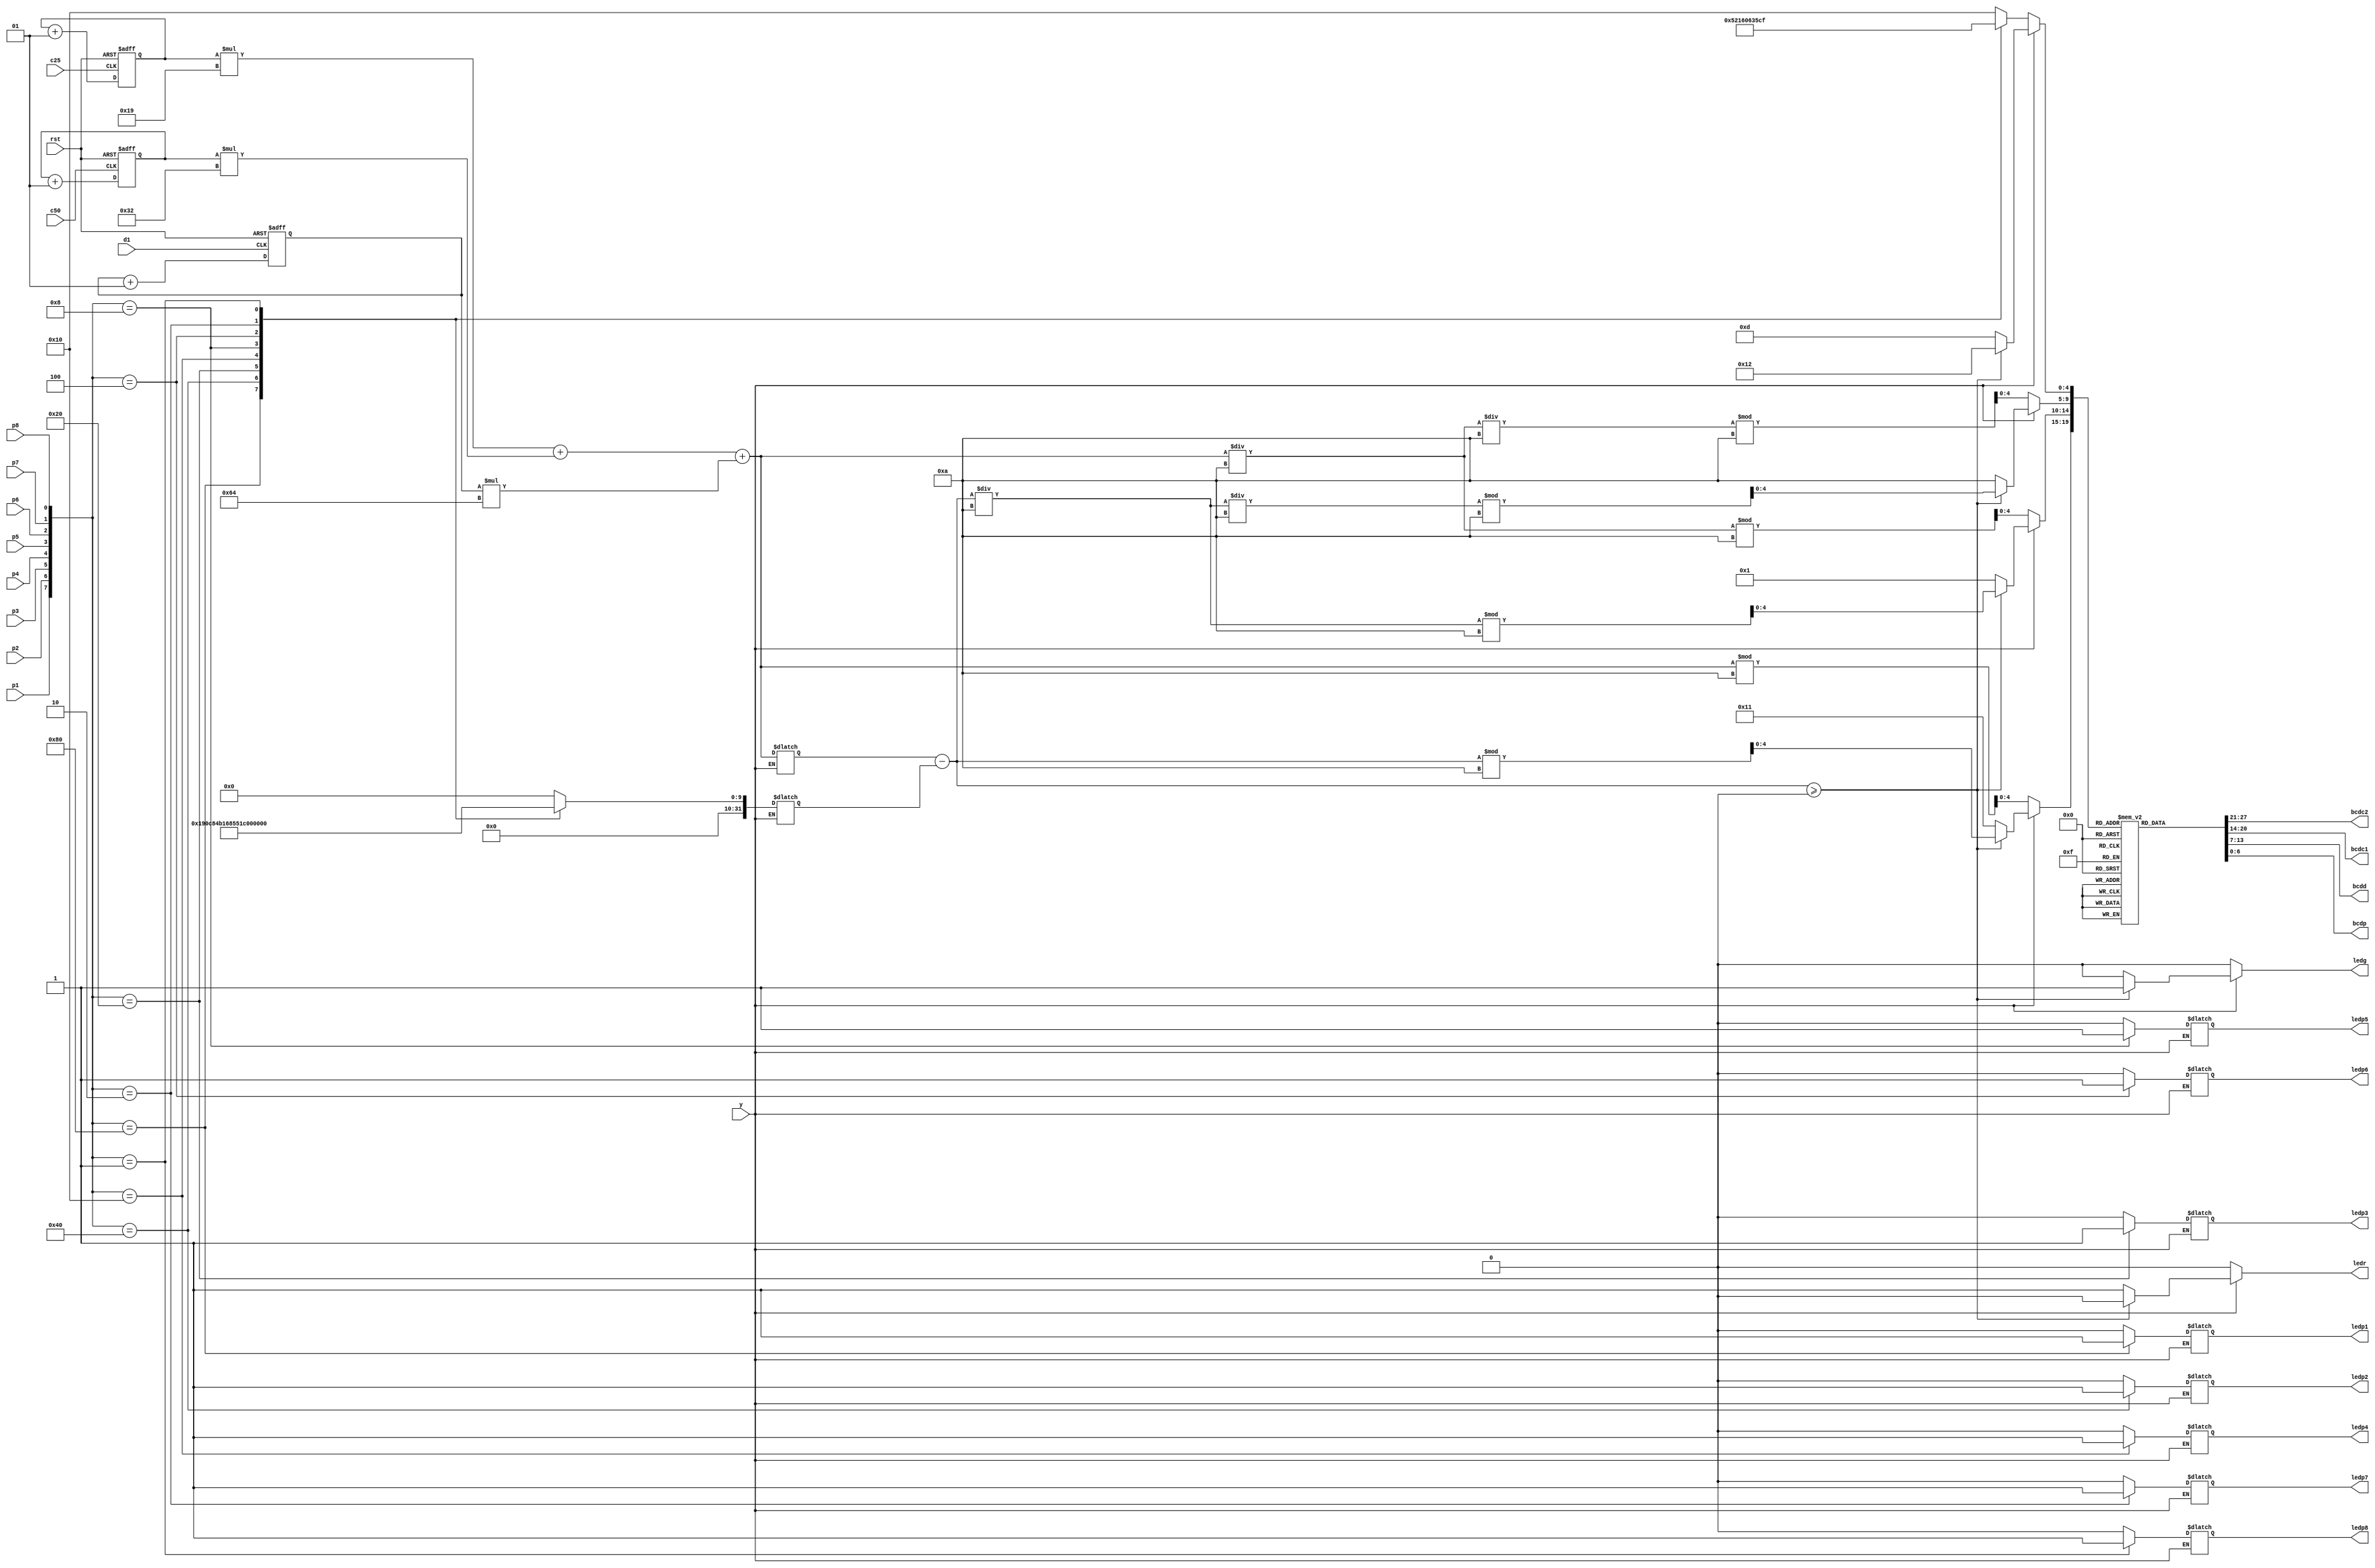
/////////////////////////////////////////////////////////////////////////////////////////////////////////////////////////////
///////////////////////////////////////////					/////////////////////////////////////////////////////////////////
/////////////////////////////////////////// VENDING MACHINE /////////////////////////////////////////////////////////////////
///////////////////////////////////////////					/////////////////////////////////////////////////////////////////
/////////////////////////////////////////////////////////////////////////////////////////////////////////////////////////////
module vending_machine(	input d1,c25,c50,p1,p2,p3,p4,p5,p6,p7,p8,y, rst, 
                       output [6:0]bcdc2, bcdc1, bcdd, bcdp, 
                       output reg ledg, ledr,ledp1, ledp2, ledp3, ledp4, ledp5, ledp6, ledp7, ledp8  );

  reg [6:0] BCD[18:0];
  integer i,j,p,d, nc50,nc25,nd;
  integer change,prodamtd, money, DisplayMoney,counter;
  /////////////////////////////////////////// ASSIGN 7 SEGMENT /////////////////////////////////////////////////////////////////	
  assign bcdc2=BCD[j];
  assign bcdc1=BCD[i];
  assign bcdd=BCD[d];
  assign bcdp=BCD[p];
  /////////////////////////////////////////// COUNT DOLLAR, CENTS ///////////////////////////////////////////////////////////////		
  always@(posedge d1 or posedge rst) begin
    if(rst)
      nd=0;
    else
      nd=nd+1; 		end
  always@(posedge c50 or posedge rst) begin
    if(rst)
      nc50=0;
    else
      nc50=nc50+1; 		end
  always@(posedge c25 or posedge rst) begin
    if(rst)
      nc25=0;
    else
      nc25=nc25+1; 		end
  //////////////////////////////////////////////// TRANSACTION ///////////////////////////////////////////////////////////////
  always @( y) begin

    if(y) begin
      change= money - prodamtd;
      if(change >=0)begin
        ledg=1;
        ledr=0;		
        j = change%10;
        change = change/10;
        i = change%10;
        change = change/10;
        d= change%10; 	
        p = 18; 
      end	
      else begin
        ledg=0;
        ledr=1; 
        p=13; d=10; i=1; j=17;end
    end
    else begin
      ledg=0;
      ledr=0;
      money = (nc25*25)+(nc50*50)+(nd*100);
      DisplayMoney=money;
      j = DisplayMoney%10;
      DisplayMoney = DisplayMoney/10;
      i = DisplayMoney%10;
      DisplayMoney = DisplayMoney/10;
      d = DisplayMoney%10; 	


      //States are defined here
      case({p1,p2,p3,p4,p5,p6,p7,p8})
        8'b1000_0000: begin prodamtd=100;  	 p=10; ledp1=1; ledp2=0; ledp3=0; ledp4=0; ledp5=0; ledp6=0; ledp7=0; ledp8=0;end 
        8'b0100_0000: begin prodamtd=200;  	 p=8;  ledp1=0; ledp2=1; ledp3=0; ledp4=0; ledp5=0; ledp6=0; ledp7=0; ledp8=0;end
        8'b0010_0000: begin prodamtd=300; 	 p=11; ledp1=0; ledp2=0; ledp3=1; ledp4=0; ledp5=0; ledp6=0; ledp7=0; ledp8=0;end 
        8'b0001_0000: begin prodamtd=360;    p=0 ; ledp1=0; ledp2=0; ledp3=0; ledp4=1; ledp5=0; ledp6=0; ledp7=0; ledp8=0;end
        8'b0000_1000: begin prodamtd=340;	 p=12; ledp1=0; ledp2=0; ledp3=0; ledp4=0; ledp5=1; ledp6=0; ledp7=0; ledp8=0;end
        8'b0000_0100: begin prodamtd=450;    p=13; ledp1=0; ledp2=0; ledp3=0; ledp4=0; ledp5=0; ledp6=1; ledp7=0; ledp8=0;end
        8'b0000_0010: begin prodamtd=410;    p=14; ledp1=0; ledp2=0; ledp3=0; ledp4=0; ledp5=0; ledp6=0; ledp7=1; ledp8=0;end
        8'b0000_0001: begin prodamtd=576;    p=15; ledp1=0; ledp2=0; ledp3=0; ledp4=0; ledp5=0; ledp6=0; ledp7=0; ledp8=1;end
        default: begin prodamtd=0;		 p=16; ledp1=0; ledp2=0; ledp3=0; ledp4=0; ledp5=0; ledp6=0; ledp7=0; ledp8=0;end
      endcase
    end
  end
  //////////////////////////////////////// 7 SEGMENT MODULE ///////////////////////////////////////////////////////////	
  initial begin												//7 Segment display character value 

    BCD[0]=7'b100_0000;									// 0
    BCD[1]=7'b111_1001;									//1 and I
    BCD[2]=7'b010_0100;									//2
    BCD[3]=7'b011_0000;									//3
    BCD[4]=7'b001_1001;									//4
    BCD[5]=7'b001_0010;									//5 and S
    BCD[6]=7'b000_0011;									//6
    BCD[7]=7'b111_1000;									//7
    BCD[8]=7'b000_0000;									//8
    BCD[9]=7'b001_1000;									//9
    BCD[10]=7'b000_1000;									//A
    BCD[11]=7'b100_0110;									//C
    BCD[12]=7'b000_0110;									//E
    BCD[13]=7'b000_1110;									//F
    BCD[14]=7'b000_0010;									//G
    BCD[15]=7'b000_1001;									//H
    BCD[16]=7'b000_1100;									//P
    BCD[17]=7'b100_0111;									//L
    BCD[18]=7'b111_1111;							//off
  end

endmodule
/////////////////////////////////////////////////////////////////////////////////////////////////////////////////////////////
///////////////////////////////////////////					/////////////////////////////////////////////////////////////////
/////////////////////////////////////////// VENDING MACHINE /////////////////////////////////////////////////////////////////
///////////////////////////////////////////					/////////////////////////////////////////////////////////////////
/////////////////////////////////////////////////////////////////////////////////////////////////////////////////////////////